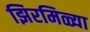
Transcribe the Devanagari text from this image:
झिरमिळ्या